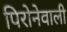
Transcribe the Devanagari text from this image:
पिरोनेवाली